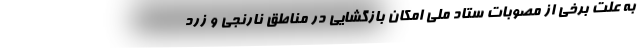
به علت برخی از مصوبات ستاد ملی امکان بازگشایی در مناطق نارنجی و زرد